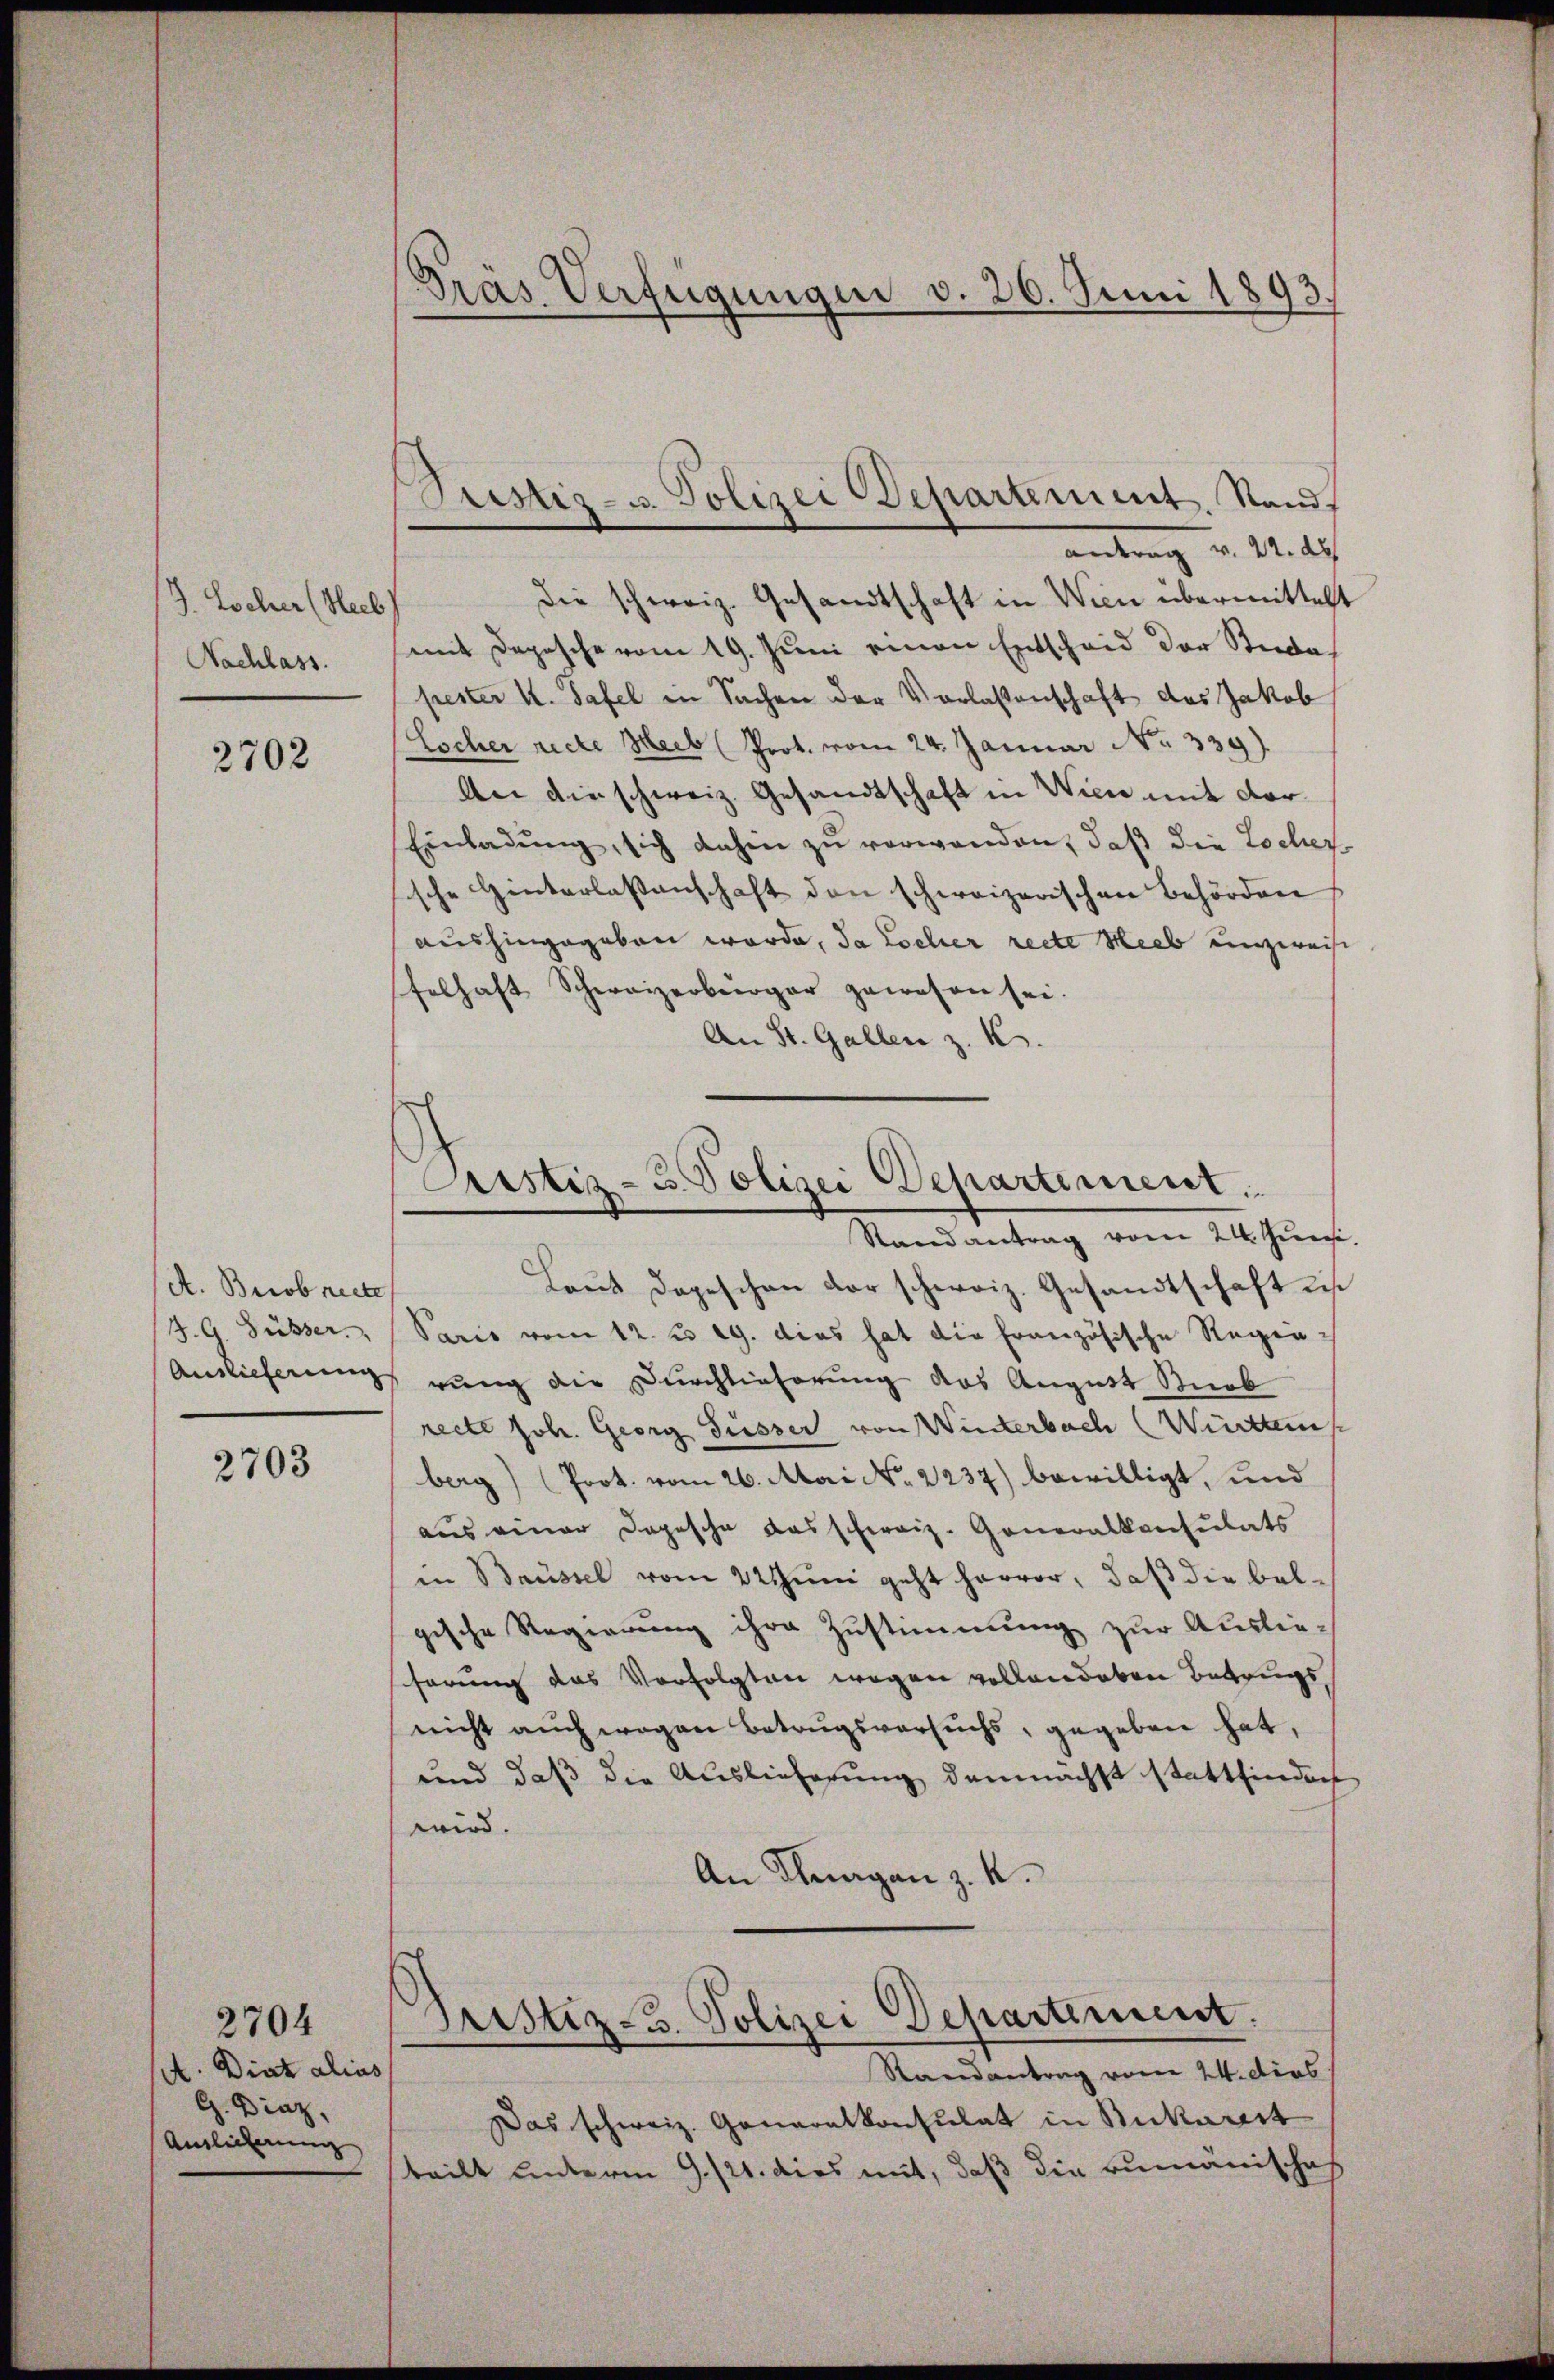
/7. Locher (Heib
Nachlass.

2702

A. Brob recte
J. G. Füsser.
Auslieferung

2703

A. Diat alias
G. Dinz,
Auslicherung

2704

Präs. Verfügungen v. 26. Juni 1893.

antrag v. 22. d
die schweiz. Gesandtschaft in Wien übermittelt
mit Depesche vom 19. Juni einen Entscheid der Stiede
pester 4. Tafel in Sachen der Vorlassenschaft des Jakob
Locher recte Heeb Prot. vom 24. Januar No. 339)
An die schweiz. Gesandtschaft in Wien mit dor¬
Einladŭng, sich dahin zŭ verwanden, daß die Locher
sche Hinterlassenschaft den schweizerischen Behörden
aushingegeben werde, da Locher recte Hieb unzweife
felhaft Schweizerbürger gewesen sei.
An St. Gallen z. K.
Laut Depeschen der schweiz. Gesandtschaft des
Paris vom 12. u. 19. dies hat die französische Regen-
rung der Durchlieferung das August Rob
recte Joh. Georg Füsser von Winterbach (Württem
berg) (Prot. vom 26. Mai No 2237) bewilligt, und
aus einer Dopesche das schweiz. Generalkonsulats
in Brüssel vom 22 Juni geht hervor, daß die belgische Regierung ihre Zustimmung zur Auslie-
shörung das Verfolgten wegen vollandeben Betrugs
nicht auch wegen Betrugsversuchs, gegeben hat,
und daß die Auslieferung demnächst stattfinden
wird.
An Klagen z. K.
Justiz-3. Polizei Departement.
Randantrag vom 24. dies
Das schweiz. Generalkonsulat in Bukarest
teilt unterm 9. 121. dies mit, daß die rumänisches

Pristiz- u. Polizei Departement. Stands

Justiz- u. Polizei Departement.
Stand antrag vom 24. Juni